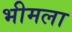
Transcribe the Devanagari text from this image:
भीमला